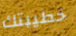
خطيبتك